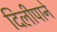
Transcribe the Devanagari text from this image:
दिलीपाने